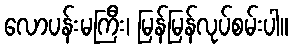
လောပန်းမကြီး၊ မြန်မြန်လုပ်စမ်းပါ။